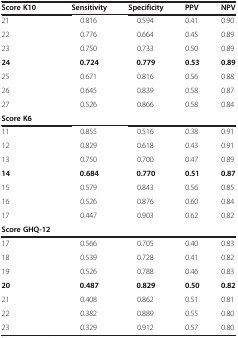
<table><thead><tr><td><b>Score K10</b></td><td><b>Sensitivity</b></td><td><b>Specificity</b></td><td><b>PPV</b></td><td><b>NPV</b></td></tr></thead><tbody><tr><td>21</td><td>0.816</td><td>0.594</td><td>0.41</td><td>0.90</td></tr><tr><td>22</td><td>0.776</td><td>0.664</td><td>0.45</td><td>0.89</td></tr><tr><td>23</td><td>0.750</td><td>0.733</td><td>0.50</td><td>0.89</td></tr><tr><td><b>24</b></td><td><b>0.724</b></td><td><b>0.779</b></td><td><b>0.53</b></td><td><b>0.89</b></td></tr><tr><td>25</td><td>0.671</td><td>0.816</td><td>0.56</td><td>0.88</td></tr><tr><td>26</td><td>0.645</td><td>0.839</td><td>0.58</td><td>0.87</td></tr><tr><td>27</td><td>0.526</td><td>0.866</td><td>0.58</td><td>0.84</td></tr><tr><td><b>Score K6</b></td><td> </td><td> </td><td> </td><td> </td></tr><tr><td>11</td><td>0.855</td><td>0.516</td><td>0.38</td><td>0.91</td></tr><tr><td>12</td><td>0.829</td><td>0.618</td><td>0.43</td><td>0.91</td></tr><tr><td>13</td><td>0.750</td><td>0.700</td><td>0.47</td><td>0.89</td></tr><tr><td><b>14</b></td><td><b>0.684</b></td><td><b>0.770</b></td><td><b>0.51</b></td><td><b>0.87</b></td></tr><tr><td>15</td><td>0.579</td><td>0.843</td><td>0.56</td><td>0.85</td></tr><tr><td>16</td><td>0.526</td><td>0.876</td><td>0.60</td><td>0.84</td></tr><tr><td>17</td><td>0.447</td><td>0.903</td><td>0.62</td><td>0.82</td></tr><tr><td><b>Score GHQ-12</b></td><td> </td><td> </td><td> </td><td> </td></tr><tr><td>17</td><td>0.566</td><td>0.705</td><td>0.40</td><td>0.83</td></tr><tr><td>18</td><td>0.539</td><td>0.728</td><td>0.41</td><td>0.82</td></tr><tr><td>19</td><td>0.526</td><td>0.788</td><td>0.46</td><td>0.83</td></tr><tr><td><b>20</b></td><td><b>0.487</b></td><td><b>0.829</b></td><td><b>0.50</b></td><td><b>0.82</b></td></tr><tr><td>21</td><td>0.408</td><td>0.862</td><td>0.51</td><td>0.81</td></tr><tr><td>22</td><td>0.382</td><td>0.889</td><td>0.55</td><td>0.80</td></tr><tr><td>23</td><td>0.329</td><td>0.912</td><td>0.57</td><td>0.80</td></tr></tbody></table>